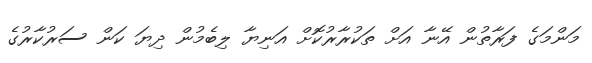
މަންމަގެ ފަރާތުން އޭނާ އަށް ތަކުރާރުކޮށް އަނިޔާ ލިބެމުން ދިޔަ ކަން ސަރުކާރުގެ